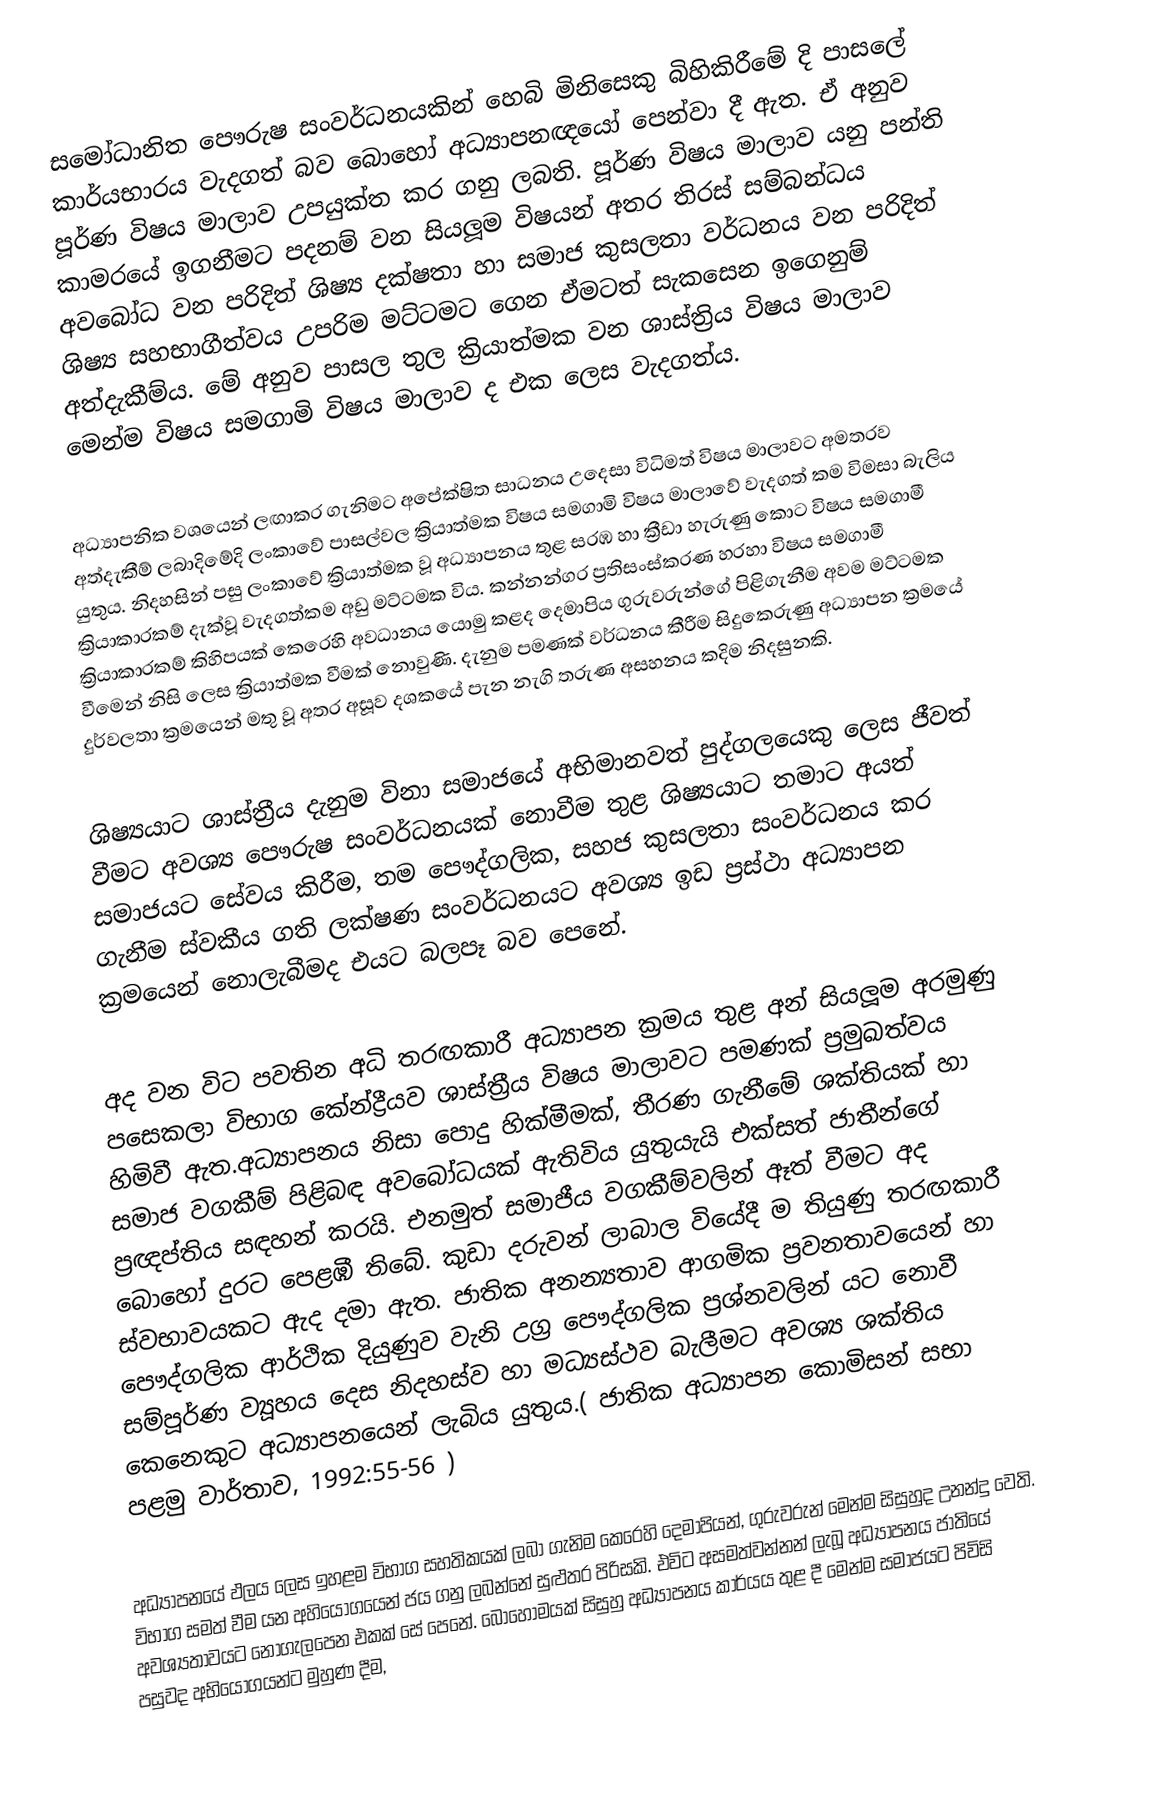
සමෝධානිත පෞරුෂ සංවර්ධනයකින් හෙබි මිනිසෙකු බිහිකිරීමේ  දි පාසලේ කාර්යභාරය  වැදගත් බව බොහෝ අධ්‍යාපනඥයෝ පෙන්වා දී  ඇත. ඒ අනුව පූර්ණ විෂය මාලාව උපයුක්ත කර ගනු  ලබති. පූර්ණ විෂය මාලාව යනු පන්ති කාමරයේ  ඉගනීමට පදනම් වන සියලූම විෂයන් අතර තිරස් සම්බන්ධය අවබෝධ වන පරිදිත් ශිෂ්‍ය දක්ෂතා හා  සමාජ කුසලතා වර්ධනය වන පරිදිත් ශිෂ්‍ය සහභාගීත්වය උපරිම මට්ටමට ගෙන ඒමටත් සැකසෙන ඉගෙනුම් අත්දැකීම්ය. මේ අනුව පාසල තුල  ක්‍රියාත්මක වන ශාස්ත්‍රිය විෂය මාලාව මෙන්ම විෂය සමගාමි විෂය මාලාව ද එක ලෙස වැදගත්ය.

අධ්‍යාපනික වශයෙන් ලඟාකර ගැනිමට අපේක්ෂිත සාධනය උදෙසා විධිමත් විෂය මාලාවට අමතරව අත්දැකීම් ලබාදිමේදි ලංකාවේ පාසල්වල ක්‍රියාත්මක විෂය සමගාමි විෂය මාලාවේ වැදගත් කම  විමසා බැලිය යුතුය. නිදහසින් පසු ලංකාවේ ක්‍රියාත්මක වූ අධ්‍යාපනය තුළ  සරඹ හා ක්‍රීඩා හැරුණු කොට විෂය සමගාමී ක්‍රියාකාරකම් දැක්වූ වැදගත්කම අඩු මට්ටමක විය. කන්නන්ගර ප්‍රතිසංස්කරණ හරහා විෂය සමගාමී ක්‍රියාකාරකම් කිහිපයක් කෙරෙහි අවධානය යොමු  කළද දෙමාපිය ගුරුවරුන්ගේ පිළිගැනීම අවම  මට්ටමක වීමෙන් නිසි ලෙස ක්‍රියාත්මක වීමක් නොවුණි. දැනුම පමණක් වර්ධනය කීරීම සිදුකෙරුණු අධ්‍යාපන  ක්‍රමයේ දුර්වලතා ක්‍රමයෙන් මතු වූ අතර අසූව දශකයේ පැන නැගි තරුණ අසහනය කදිම  නිදසුනකි.

ශිෂ්‍යයාට ශාස්ත්‍රීය දැනුම විනා සමාජයේ  අභිමානවත් පුද්ගලයෙකු ලෙස ජීවත් වීමට අවශ්‍ය  පෞරුෂ සංවර්ධනයක් නොවීම තුළ ශිෂ්‍යයාට තමාට  අයත් සමාජයට සේවය කිරීම, තම පෞද්ගලික, සහජ  කුසලතා සංවර්ධනය කර ගැනීම ස්වකීය ගති ලක්ෂණ සංවර්ධනයට අවශ්‍ය ඉඩ ප්‍රස්ථා අධ්‍යාපන  ක්‍රමයෙන් නොලැබීමද එයට බලපෑ බව පෙනේ.

අද වන විට පවතින අධි තරඟකාරී  අධ්‍යාපන ක්‍රමය තුළ අන් සියලූම අරමුණු පසෙකලා විභාග කේන්ද්‍රීයව ශාස්ත්‍රීය විෂය මාලාවට පමණක්  ප්‍රමුඛත්වය හිමිවී ඇත.අධ්‍යාපනය නිසා පොදු හික්මීමක්, තීරණ ගැනීමේ ශක්තියක් හා සමාජ වගකීම් පිළිබඳ අවබෝධයක් ඇතිවිය යුතුයැයි එක්සත් ජාතීන්ගේ ප්‍රඥප්තිය සඳහන් කරයි. එනමුත් සමාජීය වගකීම්වලින් ඈත් වීමට අද බොහෝ දුරට පෙළඹී තිබේ. කුඩා දරුවන් ලාබාල වියේදී ම තියුණු තරඟකාරී ස්වභාවයකට ඇද දමා ඇත. ජාතික අනන්‍යතාව ආගමික ප්‍රවනතාවයෙන් හා පෞද්ගලික ආර්ථික දියුණුව වැනි උග්‍ර පෞද්ගලික ප්‍රශ්නවලින් යට නොවී සම්පූර්ණ ව්‍යූහය දෙස නිදහස්ව හා මධ්‍යස්ථව බැලීමට අවශ්‍ය ශක්තිය කෙනෙකුට අධ්‍යාපනයෙන් ලැබිය යුතුය.( ජාතික අධ්‍යාපන කොමිසන් සභා පළමු වාර්තාව, 1992:55-56 )

අධ්‍යාපනයේ ඵලය ලෙස  ඉහළම විභාග සහතිකයක් ලබා ගැනිම කෙරෙහි  දෙමාපියන්, ගුරුවරුන් මෙන්ම සිසුහුද උනන්දු  වෙති. විභාග සමත් වීම යන අහියෝගයෙන් ජය ගනු  ලබන්නේ සුළුතර පිරිසකි. එවිට අසමත්වන්නන් ලැබූ  අධ්‍යාපනය ජාතියේ අවශ්‍යතාවයට නොගැලපෙන  එකක් සේ පෙනේ. බොහොමයක් සිසුහු අධ්‍යාපනය  කාර්යය තුළ දී මෙන්ම සමාජයට පිවිසි පසුවද  අභියෝගයන්ට මුහුණ දීම,